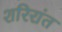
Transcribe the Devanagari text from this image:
शरिरांत